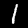
Digit: 1